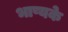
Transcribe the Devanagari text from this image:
भाष्यके